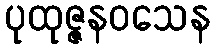
ပုထုဇ္ဇနဝသေန